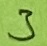
Text: 3